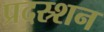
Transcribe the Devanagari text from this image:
प्रदस्र्शन